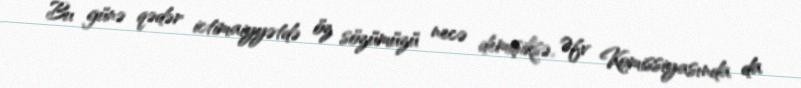
Bu günə qədər ictimaiyyətdə öz sözümüzü necə demişiksə, Əfv Komissiyasında da